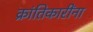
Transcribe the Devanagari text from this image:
क्रांतिकारींना